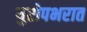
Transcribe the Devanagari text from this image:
युरोपभरात